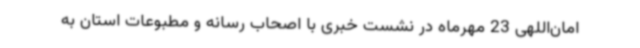
امان‌اللهی 23 مهرماه در نشست خبری با اصحاب رسانه و مطبوعات استان به